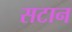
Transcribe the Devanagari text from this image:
सटान